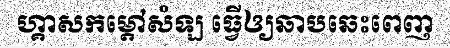
ហ្គាសកម្តៅសំឡ ធ្វើឲ្យឆាបឆេះពេញ